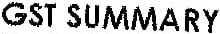
GST SUMMARY